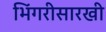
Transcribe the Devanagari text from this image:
भिंगरीसारखी